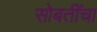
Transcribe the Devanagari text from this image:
सोबतींचा